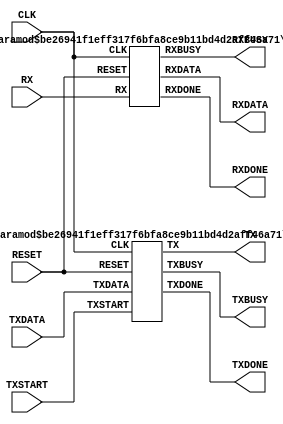
`define IDLE_MODE 1'b0
`define BUSY_MODE 1'b1

module UART (
    input  wire       CLK       ,
    input  wire       RESET     ,
    output wire       TX        ,
    input  wire [7:0] TXDATA    ,
    input  wire       TXSTART   ,
    output wire       TXBUSY    ,
    output wire       TXDONE    ,
    input  wire       RX        ,
    output wire [7:0] RXDATA    ,
    output wire       RXBUSY    ,
    output wire       RXDONE
);

parameter 
    SCYCLE    = 50_000_000,
    BAUDRATE  = 9600;

TXD #(
    .SCYCLE     (SCYCLE    ),
    .BAUDRATE   (BAUDRATE  )
) uTxd (
    .CLK        (CLK       ),
    .RESET      (RESET     ),
    .TX         (TX        ),
    .TXDATA     (TXDATA    ),
    .TXSTART    (TXSTART   ),
    .TXBUSY     (TXBUSY    ),
    .TXDONE     (TXDONE    )
);

RXD #(
    .SCYCLE     (SCYCLE    ),
    .BAUDRATE   (BAUDRATE  )
) uRxd (
    .CLK        (CLK       ),
    .RESET      (RESET     ),
    .RX         (RX        ),
    .RXDATA     (RXDATA    ),
    .RXBUSY     (RXBUSY    ),
    .RXDONE     (RXDONE    )
);
endmodule

module TXD (
    input  wire       CLK     ,
    input  wire       RESET   ,
    output wire       TX      ,
    input  wire [7:0] TXDATA  ,
    input  wire       TXSTART ,
    output wire       TXBUSY  ,
    output wire       TXDONE
);

parameter 
    SCYCLE   = 50_000_000,
    BAUDRATE = 9600;

wire txstate;
wire txbclk, txbreak;
TRANSMITSTATE uTransmitState (
    .CLK        (CLK         ),
    .RESET      (RESET       ),
    .START      (TXSTART     ),
    .BCLK       (txbclk      ),
    .BREAK      (txbreak     ),
    .STATE      (txstate     )
);

TRANSMITBAUDRATE #(
    .SCYCLE     (SCYCLE      ),
    .BAUDRATE   (BAUDRATE    )
) uTransmitBaudrate (
    .CLK        (CLK         ),
    .RESET      (RESET       ),
    .START      (TXSTART     ),
    .STATE      (txstate     ),
    .BCLK       (txbclk      ),
    .BREAK      (txbreak     )
);

TRANSMIT uTransmit (
    .CLK        (CLK         ), 
    .RESET      (RESET       ),   
    .STATE      (txstate     ),
    .START      (TXSTART     ),
    .BCLK       (txbclk      ),
    .BREAK      (txbreak     ),    
    .TXDATA     (TXDATA      ),  
    .TXBUSY     (TXBUSY      ),  
    .TXDONE     (TXDONE      ),  
    .TX         (TX          )  
);

endmodule

module TRANSMITSTATE (
    input  wire CLK   ,
    input  wire RESET ,
    input  wire START ,
    input  wire BCLK  ,
    input  wire BREAK ,
    output wire STATE
);
reg NEXT_STATE = `IDLE_MODE;
assign STATE = NEXT_STATE;
always @(posedge CLK, negedge RESET) begin
    if (!RESET) begin
        NEXT_STATE <= `IDLE_MODE;
    end else begin
        case (STATE)
            `IDLE_MODE: NEXT_STATE <= (START) ? `BUSY_MODE : NEXT_STATE;
            `BUSY_MODE: NEXT_STATE <= (BREAK) ? `IDLE_MODE : NEXT_STATE;
            default:    NEXT_STATE <= `IDLE_MODE;
        endcase 
    end
end
endmodule

module TRANSMITBAUDRATE (
    input  wire CLK    ,
    input  wire RESET  ,
    input  wire STATE  ,
    input  wire START  ,
    output wire BCLK   ,
    output wire BREAK
);

parameter 
    SCYCLE   = 50_000_000,
    BAUDRATE = 9600;

localparam BDR      = SCYCLE / BAUDRATE;    // Baudrate
localparam BDR_BITS = $clog2(BDR + 1);      // Baudrate Width Bits

reg [3:0]           NUMCNT = 0; // 9bit Counter
reg [BDR_BITS-1:0]  BCNT   = 0;
assign BCLK  = (BCNT == (BDR - 1));
assign BREAK = ((NUMCNT == 9) && BCLK);
always @(posedge CLK, negedge RESET) begin
    if (~RESET)     NUMCNT <= 0; 
    else if (BREAK) NUMCNT <= 0;
    else if (BCLK)  NUMCNT <= NUMCNT + 1;
    else            NUMCNT <= NUMCNT;
end
always @(posedge CLK, negedge RESET) begin
    if (~RESET) begin
        BCNT <= 0;
    end else begin
        case (STATE)
            `IDLE_MODE: BCNT <= 1'b0;
            `BUSY_MODE: BCNT <= (BCLK) ? 0 : BCNT + 1;
            default:    BCNT <= 0;
        endcase
    end 
end

endmodule

module TRANSMIT (
    input  wire       CLK     ,
    input  wire       RESET   ,
    input  wire       STATE   ,
    input  wire       START   ,
    input  wire       BCLK    ,
    input  wire       BREAK   ,
    input  wire [7:0] TXDATA  ,
    output reg        TXBUSY  ,
    output reg        TXDONE  ,
    output reg        TX
);

reg [8:0] data = 9'hFF;
initial begin
    TXBUSY = 0;
    TXDONE = 0;
    TX     = 1;
end
// assign TX = data[0];
////////////////
// TXSEND 
////////////////
always @(posedge CLK, negedge RESET) begin
    if (~RESET) begin
       TX <= 1'b1; 
    end else begin 
        case (STATE)
            `IDLE_MODE: TX <= (START) ? 1'b0    : 1'b1;
            `BUSY_MODE: TX <= (BCLK ) ? data[0] : TX;
            default:    TX <= 1'b1;
        endcase
    end
end
////////////////
// TXDATA 
////////////////
always @(posedge CLK, negedge RESET) begin
    if (~RESET) begin
        data <= 9'hFF;
    end else begin 
        case (STATE)
            `IDLE_MODE: data <= (START) ? {1'b1, TXDATA}    : 9'hFF;
            `BUSY_MODE: data <= (BCLK ) ? {1'b1, data[8:1]} : data;
            default:    data <= 9'hFF;
        endcase
    end
end
////////////////
// TXBUSY 
////////////////
always @(posedge CLK, negedge RESET) begin
    if (~RESET) begin
        TXBUSY <= 0;
    end else begin
        case (STATE)
            `IDLE_MODE: TXBUSY <= (START) ? 1'b1 : 1'b0;
            `BUSY_MODE: TXBUSY <= (BREAK) ? 1'b0 : 1'b1;
            default:    TXBUSY <= 1'b0;
        endcase
    end         
end
////////////////
// TXDONE 
////////////////
always @(posedge CLK, negedge RESET) begin
    if (~RESET) begin
        TXDONE <= 0;
    end else begin
       case (STATE)
            `IDLE_MODE: TXDONE <= 1'b0;
            `BUSY_MODE: TXDONE <= (BREAK) ? 1'b1 : 1'b0;
            default:    TXDONE <= 1'b0;
        endcase 
    end
end
endmodule

module RXD (

    input  wire       CLK       ,
    input  wire       RESET     ,
    input  wire       RX        ,
    output wire [7:0] RXDATA    ,
    output wire       RXBUSY    ,
    output wire       RXDONE

);

parameter 
    SCYCLE    = 50_000_000,
    BAUDRATE  = 9600;

wire rxstate;
wire rxbclk, rxbreak;
RECIEVESTATE uRecieveState (
    .CLK    (CLK     ),
    .RESET  (RESET   ),
    .START  (RX      ),
    .BCLK   (rxbclk  ),
    .BREAK  (rxbreak ),
    .STATE  (rxstate )
);
RECIEVEBAUDRATE #(
    .SCYCLE     (SCYCLE   ),
    .BAUDRATE   (BAUDRATE )
) uRecieveBaudrate (
    .CLK        (CLK     ),
    .RESET      (RESET   ),
    .START      (RX      ),
    .STATE      (rxstate ),
    .BCLK       (rxbclk  ),
    .BREAK      (rxbreak )
);
RECIEVE uRecieve (
    .CLK    (CLK     ), 
    .RESET  (RESET   ),   
    .STATE  (rxstate ),
    .BCLK   (rxbclk  ), 
    .BREAK  (rxbreak ),  
    .RXDATA (RXDATA  ),  
    .RXBUSY (RXBUSY  ),  
    .RXDONE (RXDONE  ),  
    .RX     (RX      )  
);

endmodule

module RECIEVESTATE (
    input  wire CLK   ,
    input  wire RESET ,
    input  wire START ,
    input  wire BCLK  ,
    input  wire BREAK ,
    output wire STATE
);
reg NEXT_STATE = `IDLE_MODE;
assign STATE = NEXT_STATE;
always @(posedge CLK, negedge RESET) begin
    if (~RESET) begin
        NEXT_STATE <= `IDLE_MODE;
    end else begin
       case (STATE)
            `IDLE_MODE: NEXT_STATE <= (~START) ? `BUSY_MODE : NEXT_STATE;
            `BUSY_MODE: NEXT_STATE <= (BREAK ) ? `IDLE_MODE : NEXT_STATE;
            default:    NEXT_STATE <= `IDLE_MODE;
        endcase 
    end
end
endmodule

module RECIEVEBAUDRATE (
    input  wire CLK    ,
    input  wire RESET  ,
    input  wire STATE  ,
    input  wire START  ,
    output wire BCLK   ,
    output wire BREAK
);

parameter 
    SCYCLE   = 50_000_000,
    BAUDRATE = 9600;

localparam BDR      = SCYCLE / BAUDRATE;    // Baudrate
localparam BDR_BITS = $clog2(BDR + 1);      // Baudrate Width Bits

reg [3:0]           NUMCNT = 0;
reg [BDR_BITS-1:0]  BCNT   = 0;                         
assign BCLK  = (BCNT == ((BDR / 2) - 1)); 
wire   BPOS  = (BCNT == (BDR - 1));     
assign BREAK = (NUMCNT == 9 && BPOS);
always @(posedge CLK, negedge RESET) begin
    if (~RESET)     NUMCNT <= 0; 
    else if (BREAK) NUMCNT <= 0;
    else if (BPOS ) NUMCNT <= NUMCNT + 1;
    else            NUMCNT <= NUMCNT;
end
always @(posedge CLK, negedge RESET) begin
    if (~RESET) begin
        BCNT <= 0;
    end else begin
        case (STATE)
            `IDLE_MODE: BCNT <= (~START) ? BCNT + 1 : 0;
            `BUSY_MODE: BCNT <= (BPOS  ) ? 0 : BCNT + 1;
            default:    BCNT <= 0;
        endcase
    end 
end
endmodule

module RECIEVE (
    input  wire      CLK     ,
    input  wire      RESET   ,
    input  wire      STATE   ,
    input  wire      BCLK    ,
    input  wire      BREAK   ,
    input  wire      RX      ,
    output reg [7:0] RXDATA  ,
    output reg       RXBUSY  ,
    output reg       RXDONE
);

reg [9:0] data = 10'h00;
initial begin
    RXDATA = 0;
    RXBUSY = 0;
    RXDONE = 0;
end
////////////////
// RXDATA 
////////////////
always @(*) begin
    if (~RESET) begin
        RXDATA <= 8'h00;
    end else begin
       if (BREAK) RXDATA <= data[8:1]; 
    end
end
////////////////
// DATA 
////////////////
always @(posedge CLK, negedge RESET) begin
    if (~RESET) begin
        data <= 10'h00;
    end else begin
        case (STATE)
            `IDLE_MODE: data <= (~RX ) ? {RX, 9'h00} : 10'h00;
            `BUSY_MODE: data <= (BCLK) ? {RX, data[9:1]} : data;
            default:    data <= data;
        endcase
    end 
end
////////////////
// RXBUSY 
////////////////
always @(posedge CLK, negedge RESET) begin
    if (~RESET) begin
        RXBUSY <= 0;
    end else begin
        case (STATE)
            `IDLE_MODE: RXBUSY <= (~RX  ) ? 1'b1 : 1'b0;
            `BUSY_MODE: RXBUSY <= (BREAK) ? 1'b0 : 1'b1;
            default:    RXBUSY <= 1'b0;
        endcase
    end
end
////////////////
// RXDONE 
////////////////
always @(posedge CLK, negedge RESET) begin
    if (~RESET) begin
        RXDONE <= 0;
    end else begin
       case (STATE)
            `IDLE_MODE: RXDONE <= 1'b0;
            `BUSY_MODE: RXDONE <= (BREAK) ? 1'b1 : 1'b0;
            default:    RXDONE <= 1'b0;
        endcase 
    end
end
endmodule